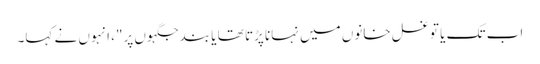
اب تک یا تو غسل خانوں میں نہانا پڑتا تھا یا بند جگہوں پر"، انہوں نے کہا۔